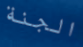
الجنة